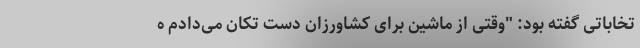
تخاباتی گفته بود: "وقتی از ماشین برای کشاورزان دست تکان می‌دادم ه